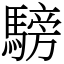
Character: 騯